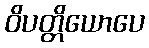
ဝိပတ္တိယောပေ